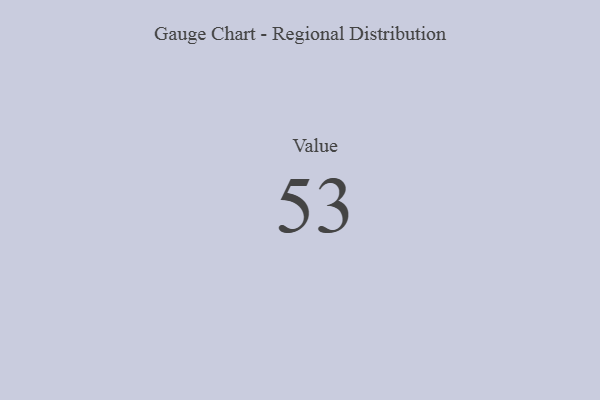
{"axis": {"x": "Metric", "y": "Value"}, "legend": [""], "data": [{"x": "Value", "y": 53, "type": ""}]}